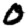
Digit: 0